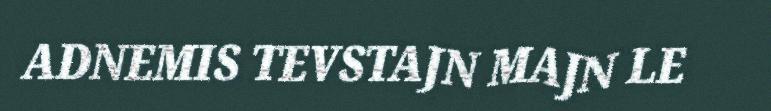
ADNEMIS TEVSTAJN MAJN LE